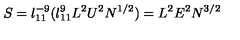
S = l _ { 1 1 } ^ { - 9 } ( l _ { 1 1 } ^ { 9 } L ^ { 2 } U ^ { 2 } N ^ { 1 / 2 } ) = L ^ { 2 } E ^ { 2 } N ^ { 3 / 2 }